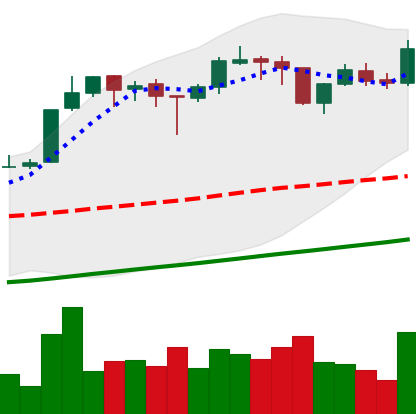
Ticker: BTC-USD
Chart end date: 2017-10-29
Forward return: 17.126%
Label: up_7plus